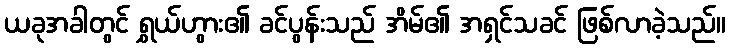
ယခုအခါတွင် ရွှယ်ဟွား၏ ခင်ပွန်းသည် အိမ်၏ အရှင်သခင် ဖြစ်လာခဲ့သည်။